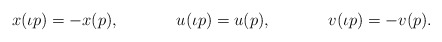
\begin{align*} x(\iota p) &= -x(p), & u(\iota p) & = u(p), & v(\iota p) & = -v(p). \end{align*}